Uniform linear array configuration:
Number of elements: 32
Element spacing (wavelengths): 0.5
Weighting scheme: binomial
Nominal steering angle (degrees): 45
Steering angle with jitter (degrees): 45.507
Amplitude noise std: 0.05
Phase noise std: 0.05

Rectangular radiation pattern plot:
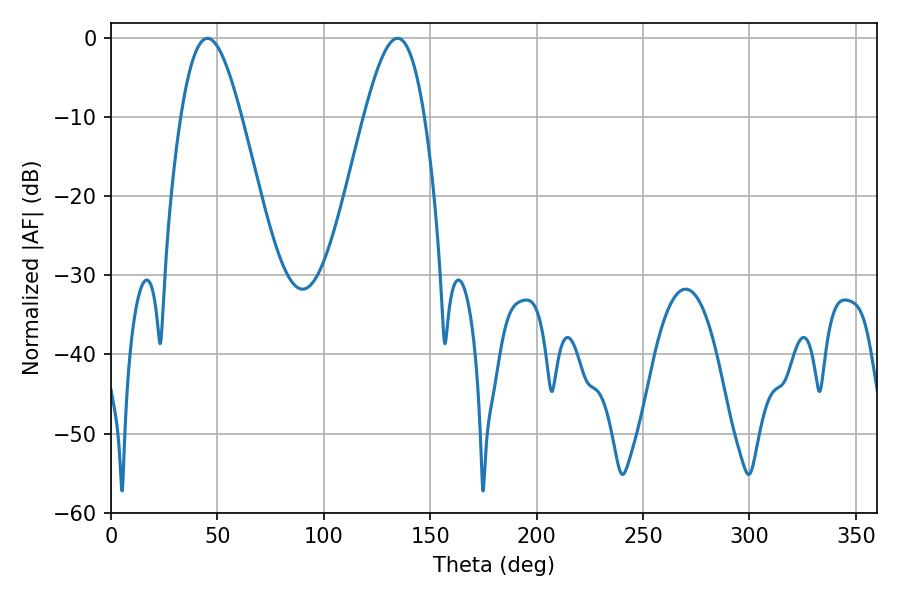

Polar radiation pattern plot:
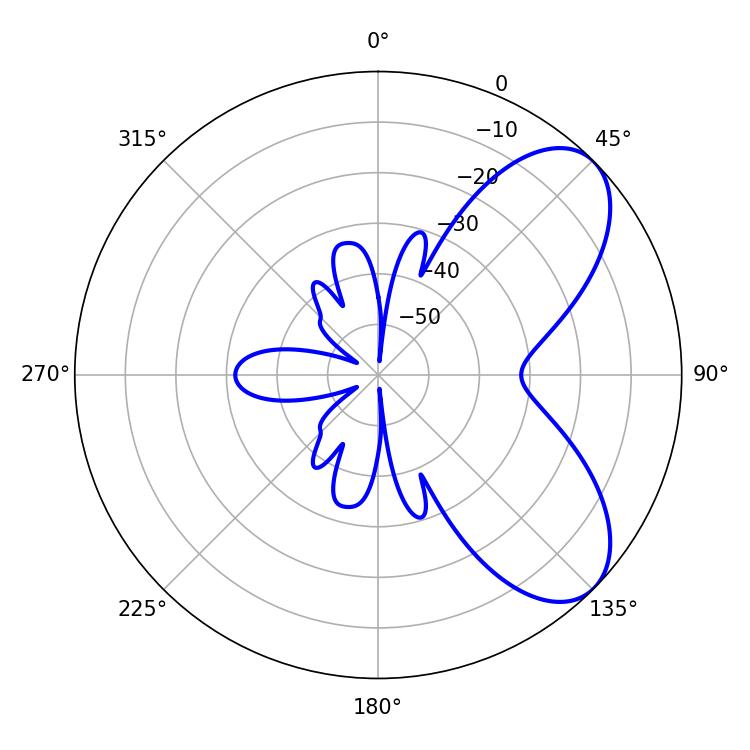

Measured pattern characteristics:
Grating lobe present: FALSE
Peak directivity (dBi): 6.787
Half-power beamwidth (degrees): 15.3
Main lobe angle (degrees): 45.36